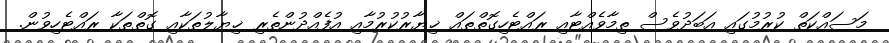
މަސައްކަތް ކުރުމުގައި އަބަދުވެސް ތިމާވެއްޓާއި ރައްޓެހިގޮތްތައް ޚިޔާރުކުރުމާއި އުފެއްދުންތެރި ޚިޔާލުތަކާއި ގޮތްތަކާ ރައްޓެހިވުން.